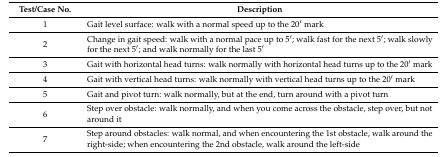
<table><thead><tr><td><b>Test/Case No.</b></td><td><b>Description</b></td></tr></thead><tbody><tr><td>1</td><td>Gait level surface: walk with a normal speed up to the 20′ mark</td></tr><tr><td>2</td><td>Change in gait speed: walk with a normal pace up to 5′; walk fast for the next 5′; walk slowly for the next 5′; and walk normally for the last 5′</td></tr><tr><td>3</td><td>Gait with horizontal head turns: walk normally with horizontal head turns up to the 20′ mark</td></tr><tr><td>4</td><td>Gait with vertical head turns: walk normally with vertical head turns up to the 20′ mark</td></tr><tr><td>5</td><td>Gait and pivot turn: walk normally, but at the end, turn around with a pivot turn</td></tr><tr><td>6</td><td>Step over obstacle: walk normally, and when you come across the obstacle, step over, but not around it</td></tr><tr><td>7</td><td>Step around obstacles: walk normal, and when encountering the 1st obstacle, walk around the right-side; when encountering the 2nd obstacle, walk around the left-side</td></tr></tbody></table>